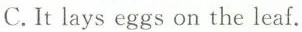
C. It lays eggs on the leaf.